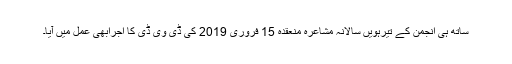
ساتھ ہی انجمن کے تیرہویں سالانہ مشاعرہ منعقدہ 15 فروری 2019 کی ڈی وی ڈی کا اجرابھی عمل میں آیا۔